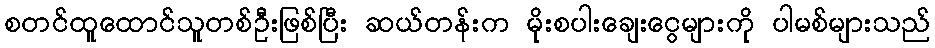
စတင်ထူထောင်သူတစ်ဦးဖြစ်ပြီး ဆယ်တန်းက မိုးစပါးချေးငွေများကို ပါမစ်များသည်